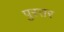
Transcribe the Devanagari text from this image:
पुस्तर